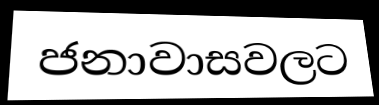
ජනාවාසවලට